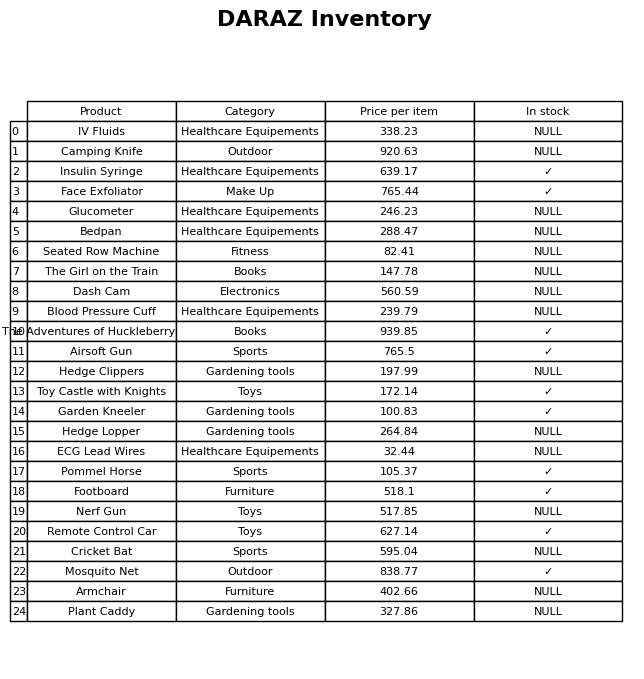
question: What is the price of the Camping Knife?
answer: The price of Camping Knife is 920.63.